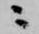
ニ